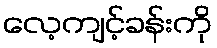
လေ့ကျင့်ခန်းကို